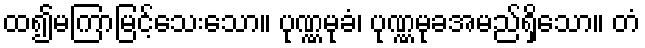
ထ၍မကြာမြင့်သေးသော။ ပုဏ္ဏမုခံ၊ ပုဏ္ဏမုခအမည်ရှိသော။ တံ